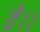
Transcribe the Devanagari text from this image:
ते।।